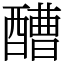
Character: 醩